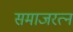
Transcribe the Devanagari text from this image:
समाजरत्न